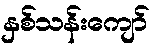
နှစ်သန်းကျော်